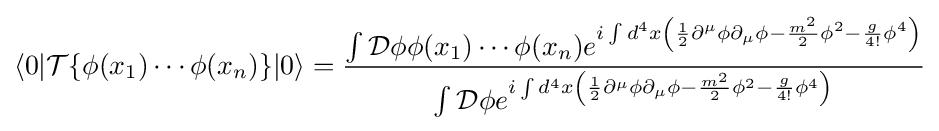
\langle 0|{\mathcal {T}}\{\phi (x_{1})\cdots \phi (x_{n})\}|0\rangle ={\frac {\int {\mathcal {D}}\phi \phi (x_{1})\cdots \phi (x_{n})e^{i\int d^{4}x\left({1 \over 2}\partial ^{\mu }\phi \partial _{\mu }\phi -{m^{2} \over 2}\phi ^{2}-{g \over 4!}\phi ^{4}\right)}}{\int {\mathcal {D}}\phi e^{i\int d^{4}x\left({1 \over 2}\partial ^{\mu }\phi \partial _{\mu }\phi -{m^{2} \over 2}\phi ^{2}-{g \over 4!}\phi ^{4}\right)}}}